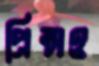
প্রিন্সও